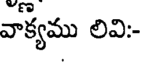
వాక్యము లివి-